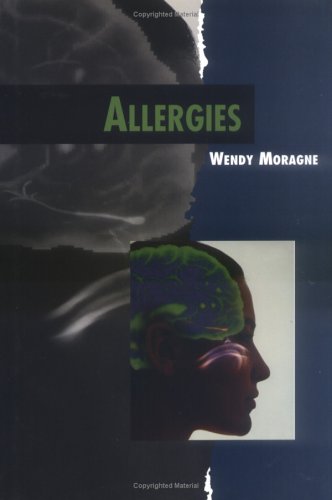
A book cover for Allergies (Twenty-First Century Medical Library); Wendy Moragne; Health, Fitness & Dieting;